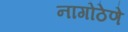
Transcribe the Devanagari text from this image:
नागोठेणे